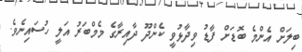
ބިލަށް އެންމެ ބޮޑަށް ފާޑު ވިދާޅުވީ ކެންދޫ ދާއިރާގެ މެމްބަރު އަލީ ހުސައިނެވެ.